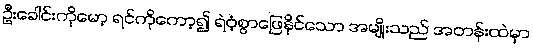
ဦးခေါင်းကိုမော့ ရင်ကိုကော့၍ ရဲဝံ့စွာဖြေနိုင်သော အမျိုးသည် အတန်းထဲမှာ